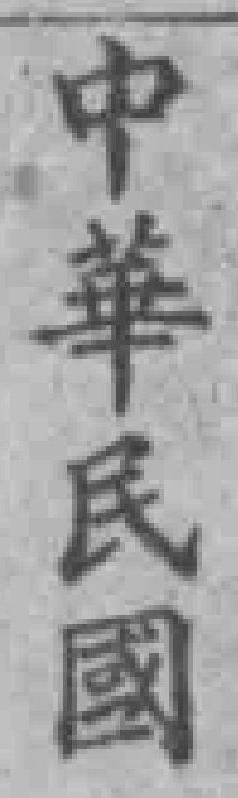
中華民國